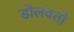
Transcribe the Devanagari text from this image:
डोलवतो